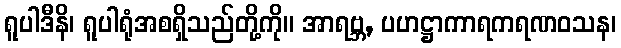
ရူပါဒီနိ၊ ရူပါရုံအစရှိသည်တို့ကို။ အာရဗ္ဘ, ပဟဋ္ဌာကာရကရဏဝသန၊